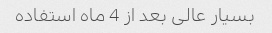
بسیار عالی بعد از 4 ماه استفاده